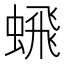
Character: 𬠞